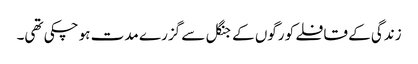
زندگی کے قافلے کو رگوں کے جنگل سے گزرے مدت ہو چکی تھی۔